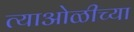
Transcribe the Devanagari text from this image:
त्याओळीच्या